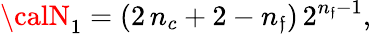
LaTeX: {\calN}_{1}=(2\, n_{c}+2-n_{\mathfrak{f}})\, 2^{n_{\mathfrak{f}}-1},